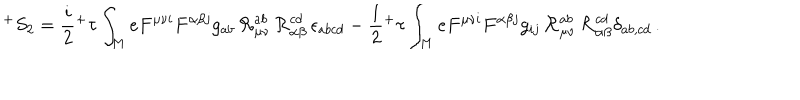
LaTeX: ^ { + } S _ { 2 } = \frac { i } { 2 } { ^ + \tau } \int _ { M } e F ^ { \mu \nu i } F ^ { \alpha \beta j } g _ { a b } \, { \cal R } _ { \mu \nu } ^ { a b } \, { \cal R } _ { \alpha \beta } ^ { c d } \, \epsilon _ { a b c d } - \frac { 1 } { 2 } { ^ + \tau } \int _ { M } e F ^ { \mu \nu i } F ^ { \alpha \beta j } g _ { i j } \, { \cal R } _ { \mu \nu } ^ { a b } \, { \cal R } _ { \alpha \beta } ^ { c d } \delta _ { a b , c d } \, .